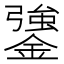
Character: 䥒